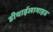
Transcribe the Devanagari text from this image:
डीथाईलामाइड